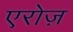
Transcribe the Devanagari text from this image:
एरोज़